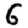
Digit: 6